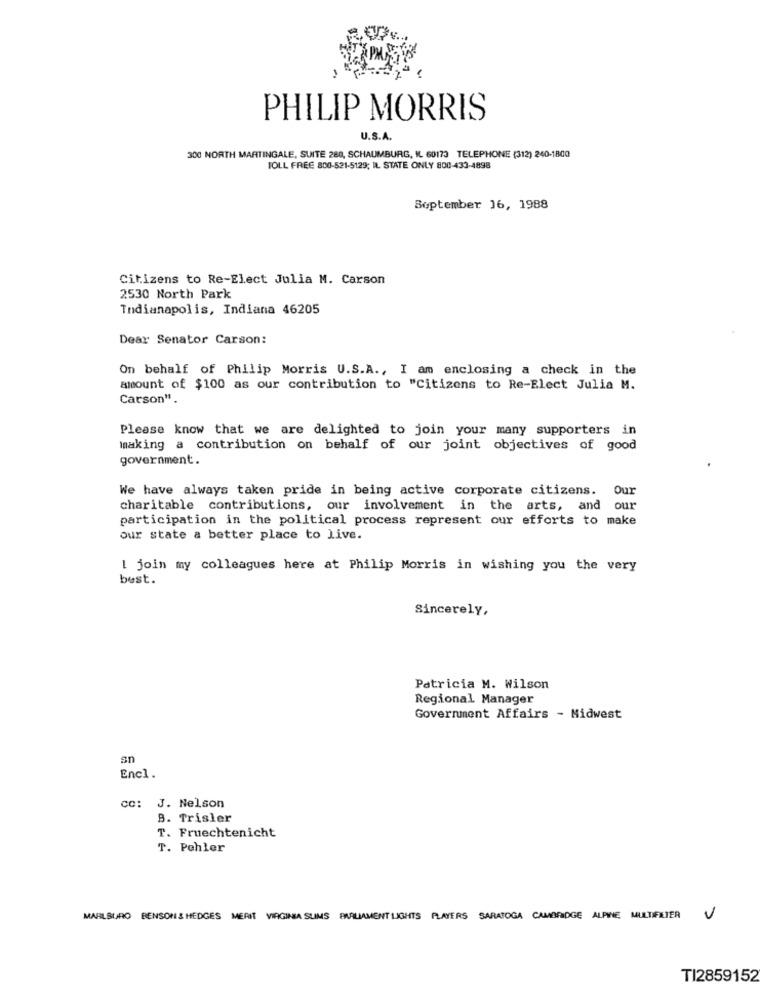
PHILIP MORRIS
U.S.A.
300 NORTH MARTINGALE, SUITE 280, SCHAUMBURG, IL. 60173 TELEPHONE (312) 240-1800
TOLL FREE 800-521-5129; IL STATE ONLY 800-433-4898
September 16, 1988
Citizens to Re-Elect Julia M. Carson
2530 North Park
Indianapolis, Indiana 46205
Dear Senator Carson:
On behalf of Philip Morris U.S.A ., I am enclosing a check in the
amount of $100 as our contribution to "Citizens to Re-Elect Julia M.
Carson".
Please know that we are delighted to join your many supporters in
making a contribution on behalf of our joint objectives of good
government.
We have always taken pride in being active corporate citizens. Our
charitable contributions, our involvement in the arts, and our
participation in the political process represent our efforts to make
our state a better place to Live.
I join my colleagues here at Philip Morris in wishing you the very
best.
Sincerely,
Patricia M. Wilson
Regional Manager
Government Affairs - Midwest
sn
Encl.
CC: J. Nelson
8. Trisler
T. Fruechtenicht
T. Pehler
MARILBURO BENSON & HEDGES MERIT VIRGINIA SLIMS PARLIAMENT LIGHTS PLAYERS SARATOGA CAMBRIDGE ALPINE, MULTIFILTER
V
TI2859152